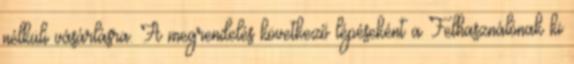
nélküli vásárlásra. A megrendelés következő lépéseként a Felhasználónak ki